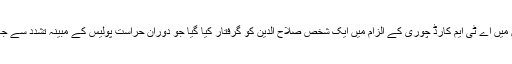
رحیم یار خان میں اے ٹی ایم کارڈ چوری کے الزام میں ایک شخص صلاح الدین کو گرفتار کیا گیا جو دوران حراست پولیس کے مبینہ تشدد سے جاں بحق ہوگیا۔